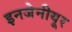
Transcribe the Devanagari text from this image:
इनजेनीयूर